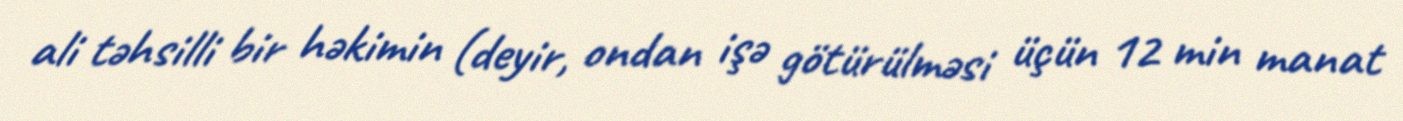
ali təhsilli bir həkimin (deyir, ondan işə götürülməsi üçün 12 min manat